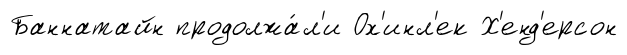
Баннатайн продолжа́л'и Ох'инл'ек Х'енд'ерсон